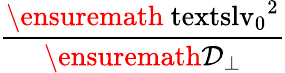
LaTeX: \displaystyle\frac{\ensuremath{\mathrm{\ textsl{v}}_{0}}^{2}}{\ensuremath{\mathcal{D}_{\perp}}}